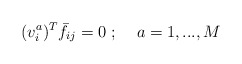
\begin{align*}(v_i^a)^T \bar f_{ij} =0\; ; \;\;\;\; a=1,...,M\end{align*}